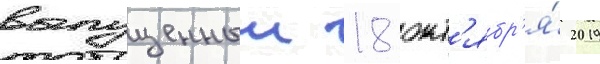
выпущенныи 18 окт'ябр'я́ 2019